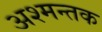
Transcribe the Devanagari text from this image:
अश्मन्तक